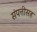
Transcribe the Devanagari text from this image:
संपत्तीसह